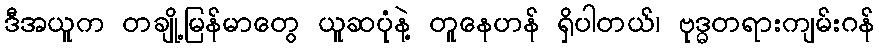
ဒီအယူက တချို့မြန်မာတွေ ယူဆပုံနဲ့ တူနေဟန် ရှိပါတယ်၊ ဗုဒ္ဓတရားကျမ်းဂန်